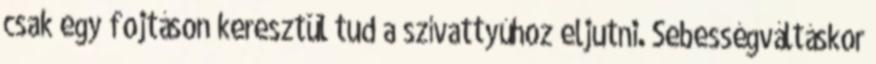
csak egy fojtáson keresztül tud a szívattyúhoz eljutni. Sebességváltáskor